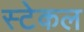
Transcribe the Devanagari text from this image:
स्टेकल